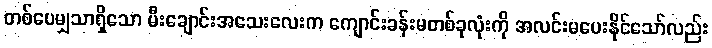
တစ်ပေမျှသာရှိသော မီးချောင်းအသေးလေးက ကျောင်းခန်းမတစ်ခုလုံးကို အလင်းမပေးနိုင်သော်လည်း